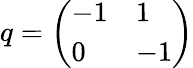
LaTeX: q={\left(\begin{array}{ll}{-1}&{1}\\ {0}&{-1}\end{array}\right)}